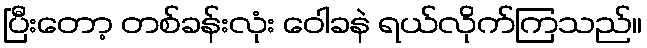
ပြီးတော့ တစ်ခန်းလုံး ဝေါခနဲ ရယ်လိုက်ကြသည်။